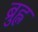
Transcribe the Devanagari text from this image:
ब्रुह्ल